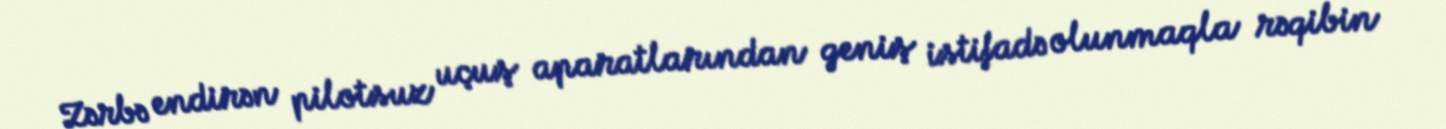
Zərbə endirən pilotsuz uçuş aparatlarından geniş istifadə olunmaqla rəqibin